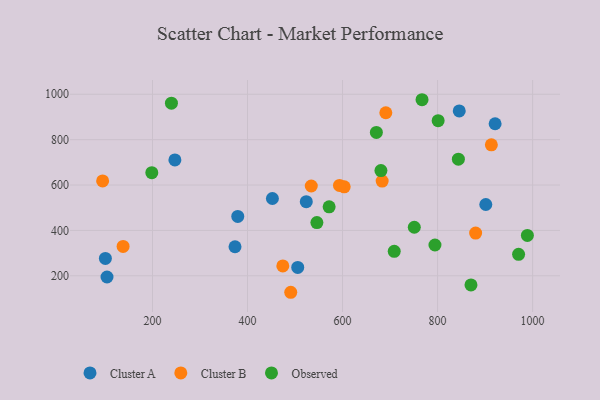
{"axis": {"x": "Speed", "y": "Demand"}, "legend": ["Cluster A", "Cluster B", "Observed"], "data": [{"x": "505.7", "y": 236.9, "type": "Cluster A"}, {"x": "901.5", "y": 514.2, "type": "Cluster A"}, {"x": "845.6", "y": 926.5, "type": "Cluster A"}, {"x": "100.9", "y": 276.4, "type": "Cluster A"}, {"x": "379.5", "y": 461.7, "type": "Cluster A"}, {"x": "452.4", "y": 540.7, "type": "Cluster A"}, {"x": "104.3", "y": 194.7, "type": "Cluster A"}, {"x": "921.1", "y": 870.1, "type": "Cluster A"}, {"x": "523.7", "y": 526.8, "type": "Cluster A"}, {"x": "373.7", "y": 328.0, "type": "Cluster A"}, {"x": "247.2", "y": 710.7, "type": "Cluster A"}, {"x": "138.2", "y": 329.3, "type": "Cluster B"}, {"x": "474.3", "y": 243.4, "type": "Cluster B"}, {"x": "683.4", "y": 617.6, "type": "Cluster B"}, {"x": "95.1", "y": 618.2, "type": "Cluster B"}, {"x": "603.5", "y": 592.2, "type": "Cluster B"}, {"x": "913.2", "y": 777.4, "type": "Cluster B"}, {"x": "593.6", "y": 598.4, "type": "Cluster B"}, {"x": "691.1", "y": 918.7, "type": "Cluster B"}, {"x": "534.2", "y": 595.7, "type": "Cluster B"}, {"x": "491.0", "y": 127.4, "type": "Cluster B"}, {"x": "880.1", "y": 388.2, "type": "Cluster B"}, {"x": "680.8", "y": 663.8, "type": "Observed"}, {"x": "751.0", "y": 414.0, "type": "Observed"}, {"x": "870.3", "y": 160.0, "type": "Observed"}, {"x": "671.2", "y": 832.1, "type": "Observed"}, {"x": "198.6", "y": 654.6, "type": "Observed"}, {"x": "970.5", "y": 294.7, "type": "Observed"}, {"x": "708.8", "y": 308.0, "type": "Observed"}, {"x": "767.3", "y": 976.0, "type": "Observed"}, {"x": "571.8", "y": 504.1, "type": "Observed"}, {"x": "239.9", "y": 961.0, "type": "Observed"}, {"x": "989.0", "y": 378.0, "type": "Observed"}, {"x": "546.0", "y": 434.6, "type": "Observed"}, {"x": "794.5", "y": 335.8, "type": "Observed"}, {"x": "843.8", "y": 714.1, "type": "Observed"}, {"x": "801.2", "y": 883.6, "type": "Observed"}]}